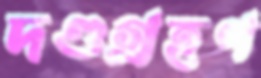
দণ্ডগ্রহণ